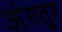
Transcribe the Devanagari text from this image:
अंगतुर